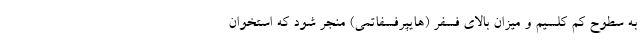
به سطوح کم کلسیم و میزان بالای فسفر (هایپرفسفاتمی) منجر شود که استخوان